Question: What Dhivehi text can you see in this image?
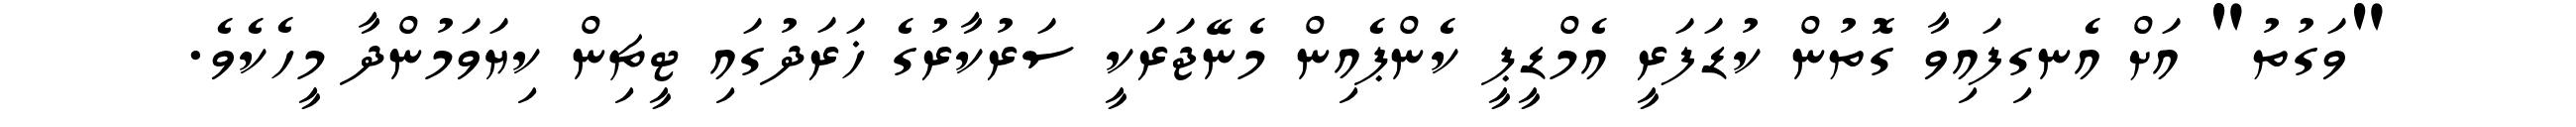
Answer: "ވަގުތު" އަށް އެނގިފައިވާ ގޮތުން ކުޑަފަރީ އެމްޑީޕީ ކެންޕެއިން މެނޭޖަރަކީ ސަރުކާރުގެ ޚަރަދުގައި ޓީޗިން ކިޔަވަމުންދާ މީހެކެވެ.